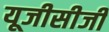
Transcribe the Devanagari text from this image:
यूजीसीजी